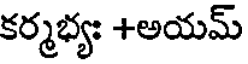
కర్మభ్యః +అయమ్